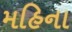
મહિના